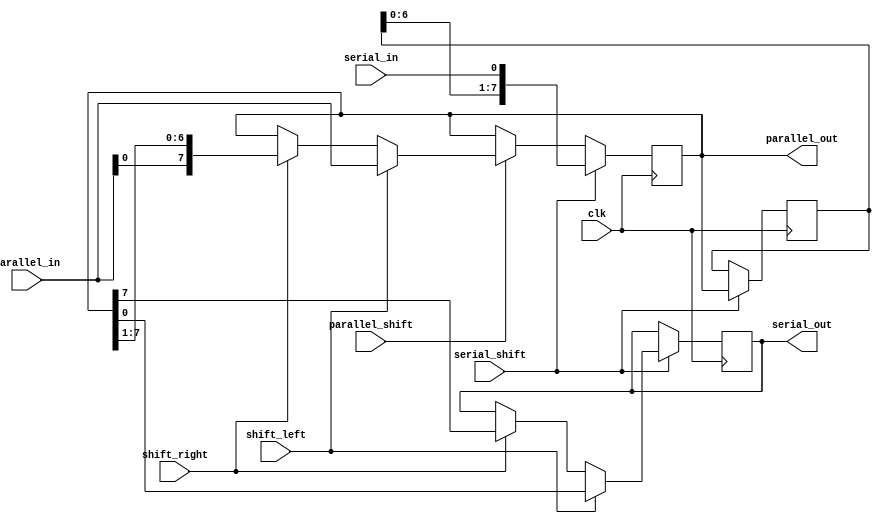
module universal_shift_register (
    input wire clk,
    
    // Data input
    input wire [7:0] parallel_in,
    input wire serial_in,
    
    // Data output
    output reg [7:0] parallel_out,
    output reg serial_out,
    
    // Control signals
    input wire shift_left,
    input wire shift_right,
    input wire parallel_shift,
    input wire serial_shift
);

reg [7:0] shift_reg;
reg [7:0] temp_reg;

always @(posedge clk) begin
    if (parallel_shift) begin
        if (shift_left)
            shift_reg <= {shift_reg[6:0], parallel_in};
        else if (shift_right)
            shift_reg <= {parallel_in, shift_reg[7:1]};
    end
    
    if (serial_shift) begin
        if (shift_left)
            serial_out <= shift_reg[0];
        else if (shift_right)
            serial_out <= shift_reg[7];
        
        temp_reg <= shift_reg;
        shift_reg <= {temp_reg[6:0], serial_in};
    end
end

// Output logic
assign parallel_out = shift_reg;

endmodule